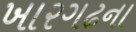
ખારગઢના